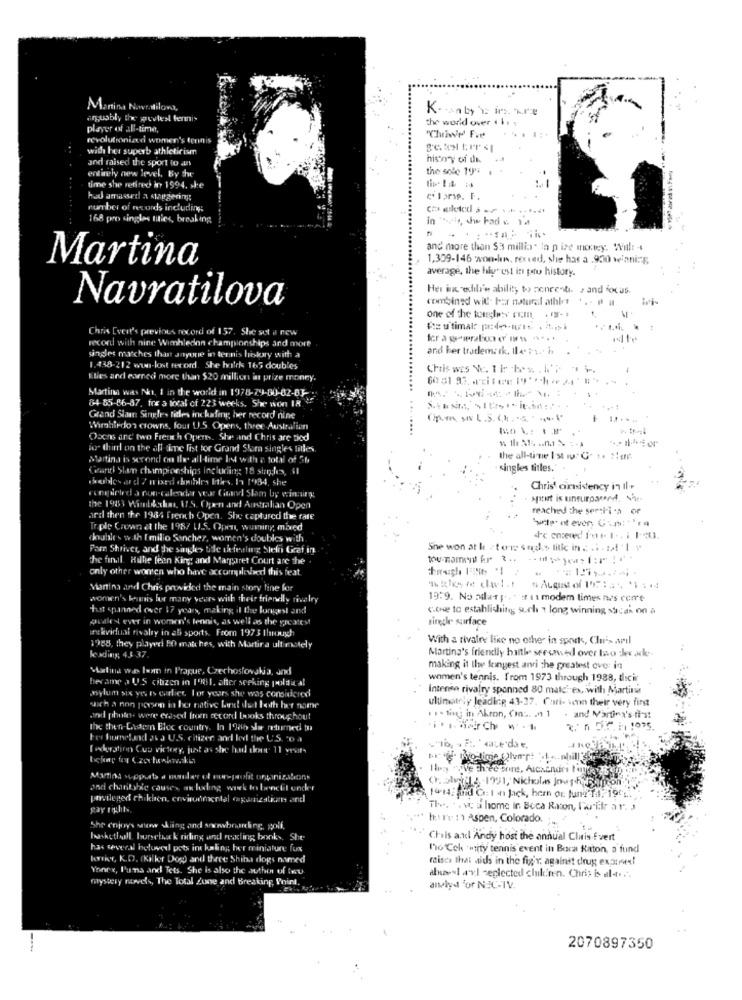
Martina Navratilova,
arguably the wrestesl fermis
the world over ( ht
player of all-time,
revolutionized women's tennis
"Clie' Fve
with her superb athleticism
and raised the sport to ans
history of de
entirely new level, By the
the sole 194 1
time she retired in 1994. she
hud amassed a staggering
number of records including;
168 pro singles titles, breaking
in "sie, Jw had s. 14
and more than $3 millia" In pire money. Will: +
1,309-146 won-hun, rected, she has a .930 winning
Martina
average, the highest in paro history.
...........
Her in edili'e ability to ponrent. , and focus.
Navratilova
combined wil. For natural athlet ...
one of the tagless rom . ry- .
Chris Evert's previous record of 157. She set a new
Peutimal: pde-wie .toi
record with nice Wimbledon championships and more
and her trademark. Il4. ... h
singles matches that anyone in tennis history with a
1.438-212 www-lost record. She hvilke 165 doubles
Ilies ard earned more than $20 million in prize money.
Martina was No. 1 in the world in 1978-79-00-02-83
84 85-86-87, fre a total of 223 weeks. She won IM
. ..
Grand Slamn Singles rides inchafeng her record nine
Opmn ss L.S. 64. 5 4 **
1
Wimbledon crowns, four U.S. Opens, three-Australian
....
Osens and two Freti h Opern. She and Chris are tied
io- thirdl on the all time list tor Grand Slam singles tilles.
Martina is second on Ile. all time In with a total of 56
the all-time Ist . G. t. :: u
Grand Slam championships including 18 stres, 41
singles titles."
doubles ard / mixed bibles Ities. 19 1934, she
romgparted a non-calendar year Cimand Slam by winning
Christ artistency in Il-+
the 1983 Wimblechat, I.S. Open and Australian Open
reached the semi-i-a of
ard then the 1984 french Open. She captured the fate
Suite nt even, Contra
Triple Crown et the 198/ U.S. Open, wuming, mixed
doubles w th [ millo Sanchez, women's doubles with
Pam Shrivet, and the singles tide thefeeling Stein Graf in
Sne won at le ctor songs lille in : 3.of'1 }
the final. Hilhe fean King and Margaret Court are the .
only other wonen who have accomplished this feat.
Martina and Chris provided the main story fine for
women's baumnis for many years with their friendly rivalry
19:9. No adlar p .t : 11 modem times nes come
hust spanned over 17 years, making il the longest and
C.twee to establishity; s.ch 1 long winning scar on a
Quales ever in women's tennis, as well as the greatest
single surface
inekvidual rivalry in all sports. Foom 197 3 Ihrouy
With a rivalry like no other in sports, Clu's avril
1988, they playerl FO matches, with Martira ultimately
leading; 43 37
Martins's friendly haltle seronsed over too Jes ak-
Matina was tom in Prague, Czechoslovakia, and
making it the fringest anri the greatest over in
Became a US citizen in 1981, after seeking political
women's tennis. from 1973 through 1988, dici
asylum six yes is carlice. for years she was considered
Intense rivalry spanned 80 make' ex, with Martini
ultimately leading 43-37. Cari- wenn their very first
sich a non person in her native fand det both her name
Jexd photo- were erased fromn record books throughout
1 .- ting in Akron, Con -.. .. ) 1
. and Martina's first
the then-Lader Elec country. In 19do she returned to
Fer homeland 26 3 U.S. citizen and led the US. "o a
[ ederation Cup victory, just as she had tout 11 yest-
Martina supports a master of noneofit organizations
0. 5ldl 2 -1991, Nicholas Jour-hotsamtcon
and chantable causes, as loding wark to benefit under
privileged children, environmental organization and
141% and Ce: I en Jack, bern on June 10; 190's.
pay rghits.
The. . . vc a home in Boca Raton, Wwiikr ar. 3
hit'e 11 Aspen, Colorado.
She enjoys stow skiing and swwwbanking, golf,
basketball, borset k riding and reading books. She
Chris axel Andy host the annual Cluis fvert
has several beloved pots int kaling her miniature fux
ho Cek "tity tennis event in Boca Raton, a fund
terrier, K.D. (Killer Dog) and three Shiba dogs named
raisca that aids in the figr. against drug ex;aux!
Yonex, Puna and Tets. She is also the auther uf fru.
mystery novels, The Total Zune and Breaking Point
alnaes1 av.I neglected chikinen. Chris is al-t ...
allyd 'or NIC-IV.
2070897350